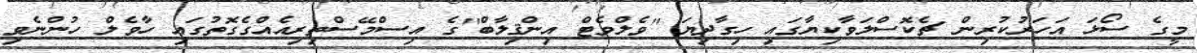
މީގެ ސޯޅަ އަހަރުކުރިން ޗެކޮސްލަވާކިޔާގައި ހިގާދިޔަ ''ވެލްވެޓް އިންޤިލާބް''ގެ އިސްމޭސްތިރިއެއްގެގޮތުގައި ހާވެލް ހުންނެވި